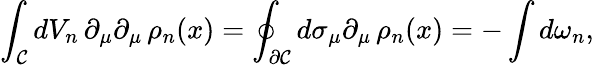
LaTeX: \int_{\cal{C}}dV_{n}\, \partial_{\mu}\partial_{\mu}\, \rho_{n}(x)=\oint_{\partial\cal{C}}d\sigma_{\mu}\partial_{\mu}\, \rho_{n}(x)=-\int d\omega_{n},